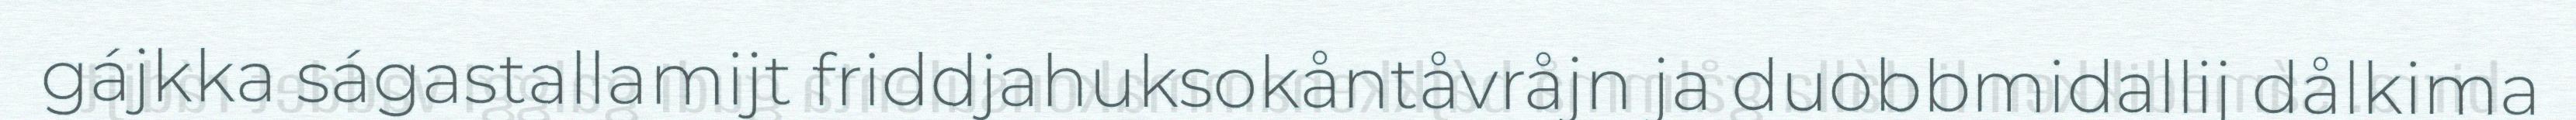
gájkka ságastallamijt friddjahuksokåntåvråjn ja duobbmidallij dålkima